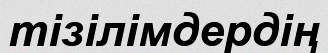
тізілімдердің